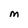
Character: M